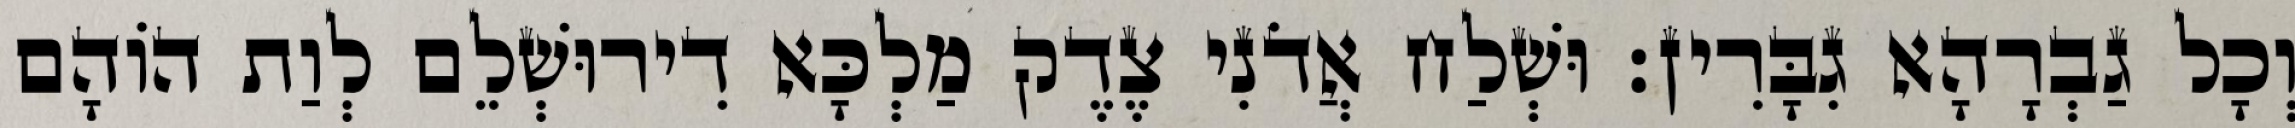
וְכָל גַבְרָהָא גִבָּרִין׃ וּשְׁלַח אֲדֹנִי צֶדֶק מַלְכָּא דִירוּשְׁלֵם לְוַת הוֹהָם